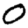
Digit: 0